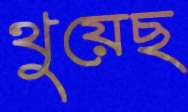
থুয়েছ